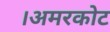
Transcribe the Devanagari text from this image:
।अमरकोट